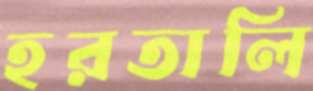
হরতালি